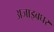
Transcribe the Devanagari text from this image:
अजाइबघर